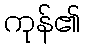
ကုန်၏